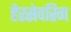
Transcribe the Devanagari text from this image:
हैरसेवरिग